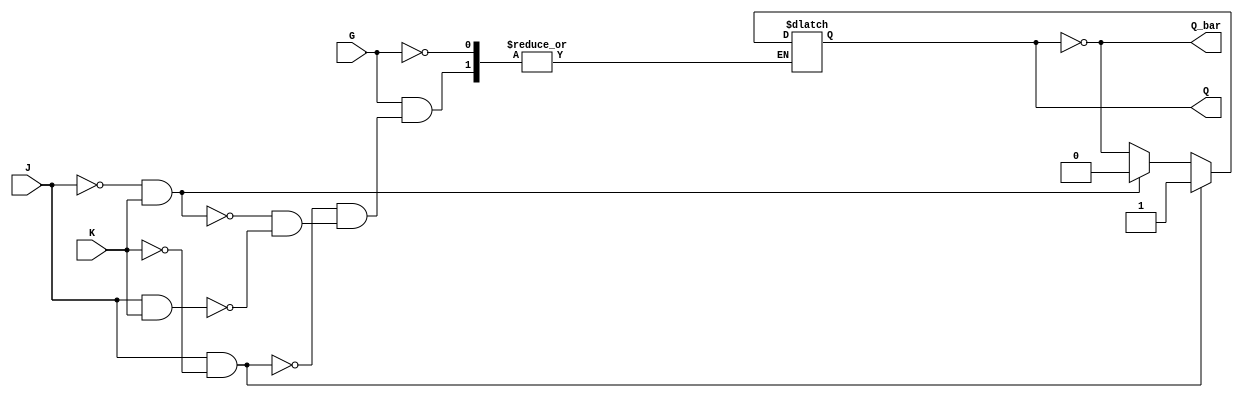
module GatedJKLatch (
    input wire J,          // Data Input J
    input wire K,          // Data Input K
    input wire G,          // Enable Input
    output reg Q,          // Output Q
    output wire Q_bar      // Complementary Output
);

    // Complementary output
    assign Q_bar = ~Q;

    // Always block triggered on the enable signal
    always @ (G or J or K) begin
        if (G) begin
            if (J && ~K) begin
                Q <= 1'b1;  // Set
            end else if (~J && K) begin
                Q <= 1'b0;  // Reset
            end else if (J && K) begin
                Q <= ~Q;    // Toggle
            end
            // If J = 0 and K = 0, Q remains unchanged
        end
        // If G is low, Q retains its previous state
    end

    // Initial state (optional, can be modified as needed)
    initial begin
        Q = 1'b0;  // Initial state of Q
    end

endmodule